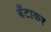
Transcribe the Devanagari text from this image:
बँटाकर